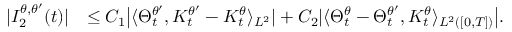
\begin{array} { r l } { | I _ { 2 } ^ { \theta , \theta ^ { \prime } } ( t ) | } & { \leq C _ { 1 } \big | \langle \Theta _ { t } ^ { \theta ^ { \prime } } , K _ { t } ^ { \theta ^ { \prime } } - K _ { t } ^ { \theta } \rangle _ { L ^ { 2 } } | + C _ { 2 } | \langle \Theta _ { t } ^ { \theta } - \Theta _ { t } ^ { \theta ^ { \prime } } , K _ { t } ^ { \theta } \rangle _ { L ^ { 2 } ( [ 0 , T ] ) } \big | . } \end{array}